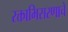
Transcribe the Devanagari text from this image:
रक्ताभिसरणाचे